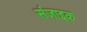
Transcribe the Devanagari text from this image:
संजाइक